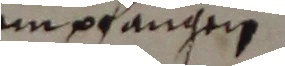
em pfangen.